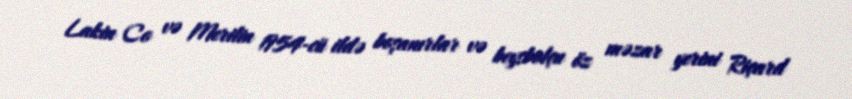
Lakin Co və Merilin 1954-cü ildə boşanırlar və beysbolçu öz məzar yerini Riçard